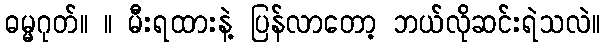
ဓမ္မဂုတ်။ ။ မီးရထားနဲ့ ပြန်လာတော့ ဘယ်လိုဆင်းရဲသလဲ။